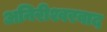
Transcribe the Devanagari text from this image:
अनिरीश्वरवाद